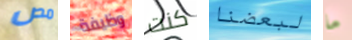
مص وظيفة كنت لبعضنا ما